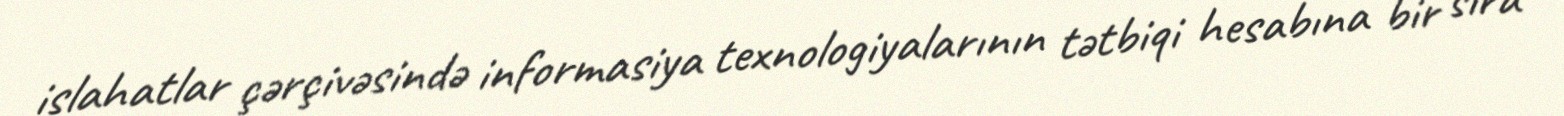
islahatlar çərçivəsində informasiya texnologiyalarının tətbiqi hesabına bir sıra